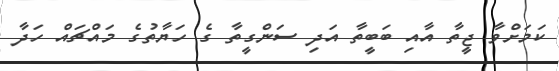
ކަމަށްވާ ޖީތާ އާއި ބަބީތާ އަދި ސަންގީތާ ގެ ހަޔާތުގެ މައްޗައް ހަދާ